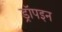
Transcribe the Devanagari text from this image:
ड्रॉपइन